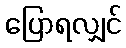
ပြောရလျှင်